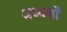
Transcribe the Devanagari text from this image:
अध्यक्षोँ